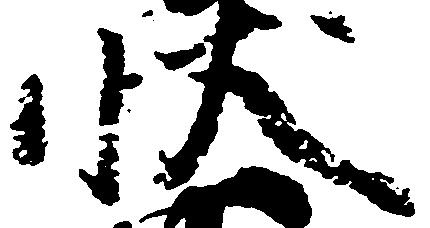
状